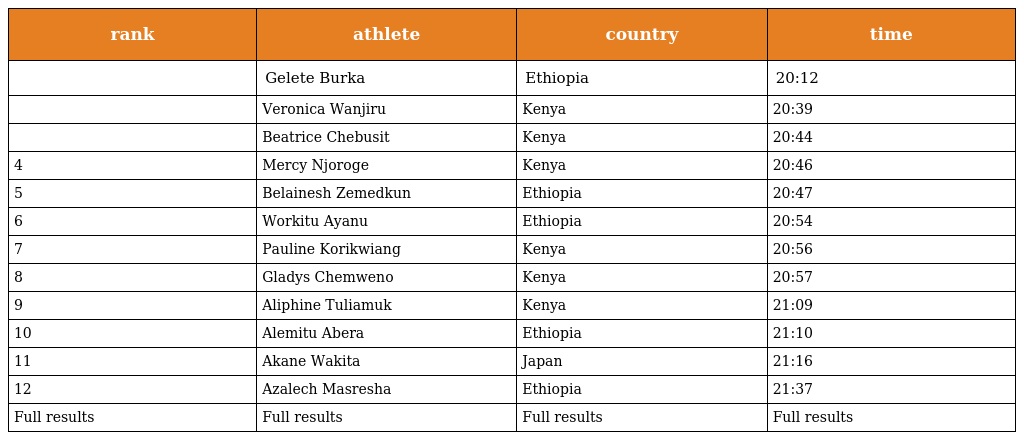
| rank | athlete | country | time |
 | --- | --- | --- | --- |
 |  | Gelete Burka | Ethiopia | 20:12 |
 |  | Veronica Wanjiru | Kenya | 20:39 |
 |  | Beatrice Chebusit | Kenya | 20:44 |
 | 4 | Mercy Njoroge | Kenya | 20:46 |
 | 5 | Belainesh Zemedkun | Ethiopia | 20:47 |
 | 6 | Workitu Ayanu | Ethiopia | 20:54 |
 | 7 | Pauline Korikwiang | Kenya | 20:56 |
 | 8 | Gladys Chemweno | Kenya | 20:57 |
 | 9 | Aliphine Tuliamuk | Kenya | 21:09 |
 | 10 | Alemitu Abera | Ethiopia | 21:10 |
 | 11 | Akane Wakita | Japan | 21:16 |
 | 12 | Azalech Masresha | Ethiopia | 21:37 |
 | Full results | Full results | Full results | Full results |